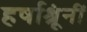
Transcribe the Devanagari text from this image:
हर्षाश्रूंनीं